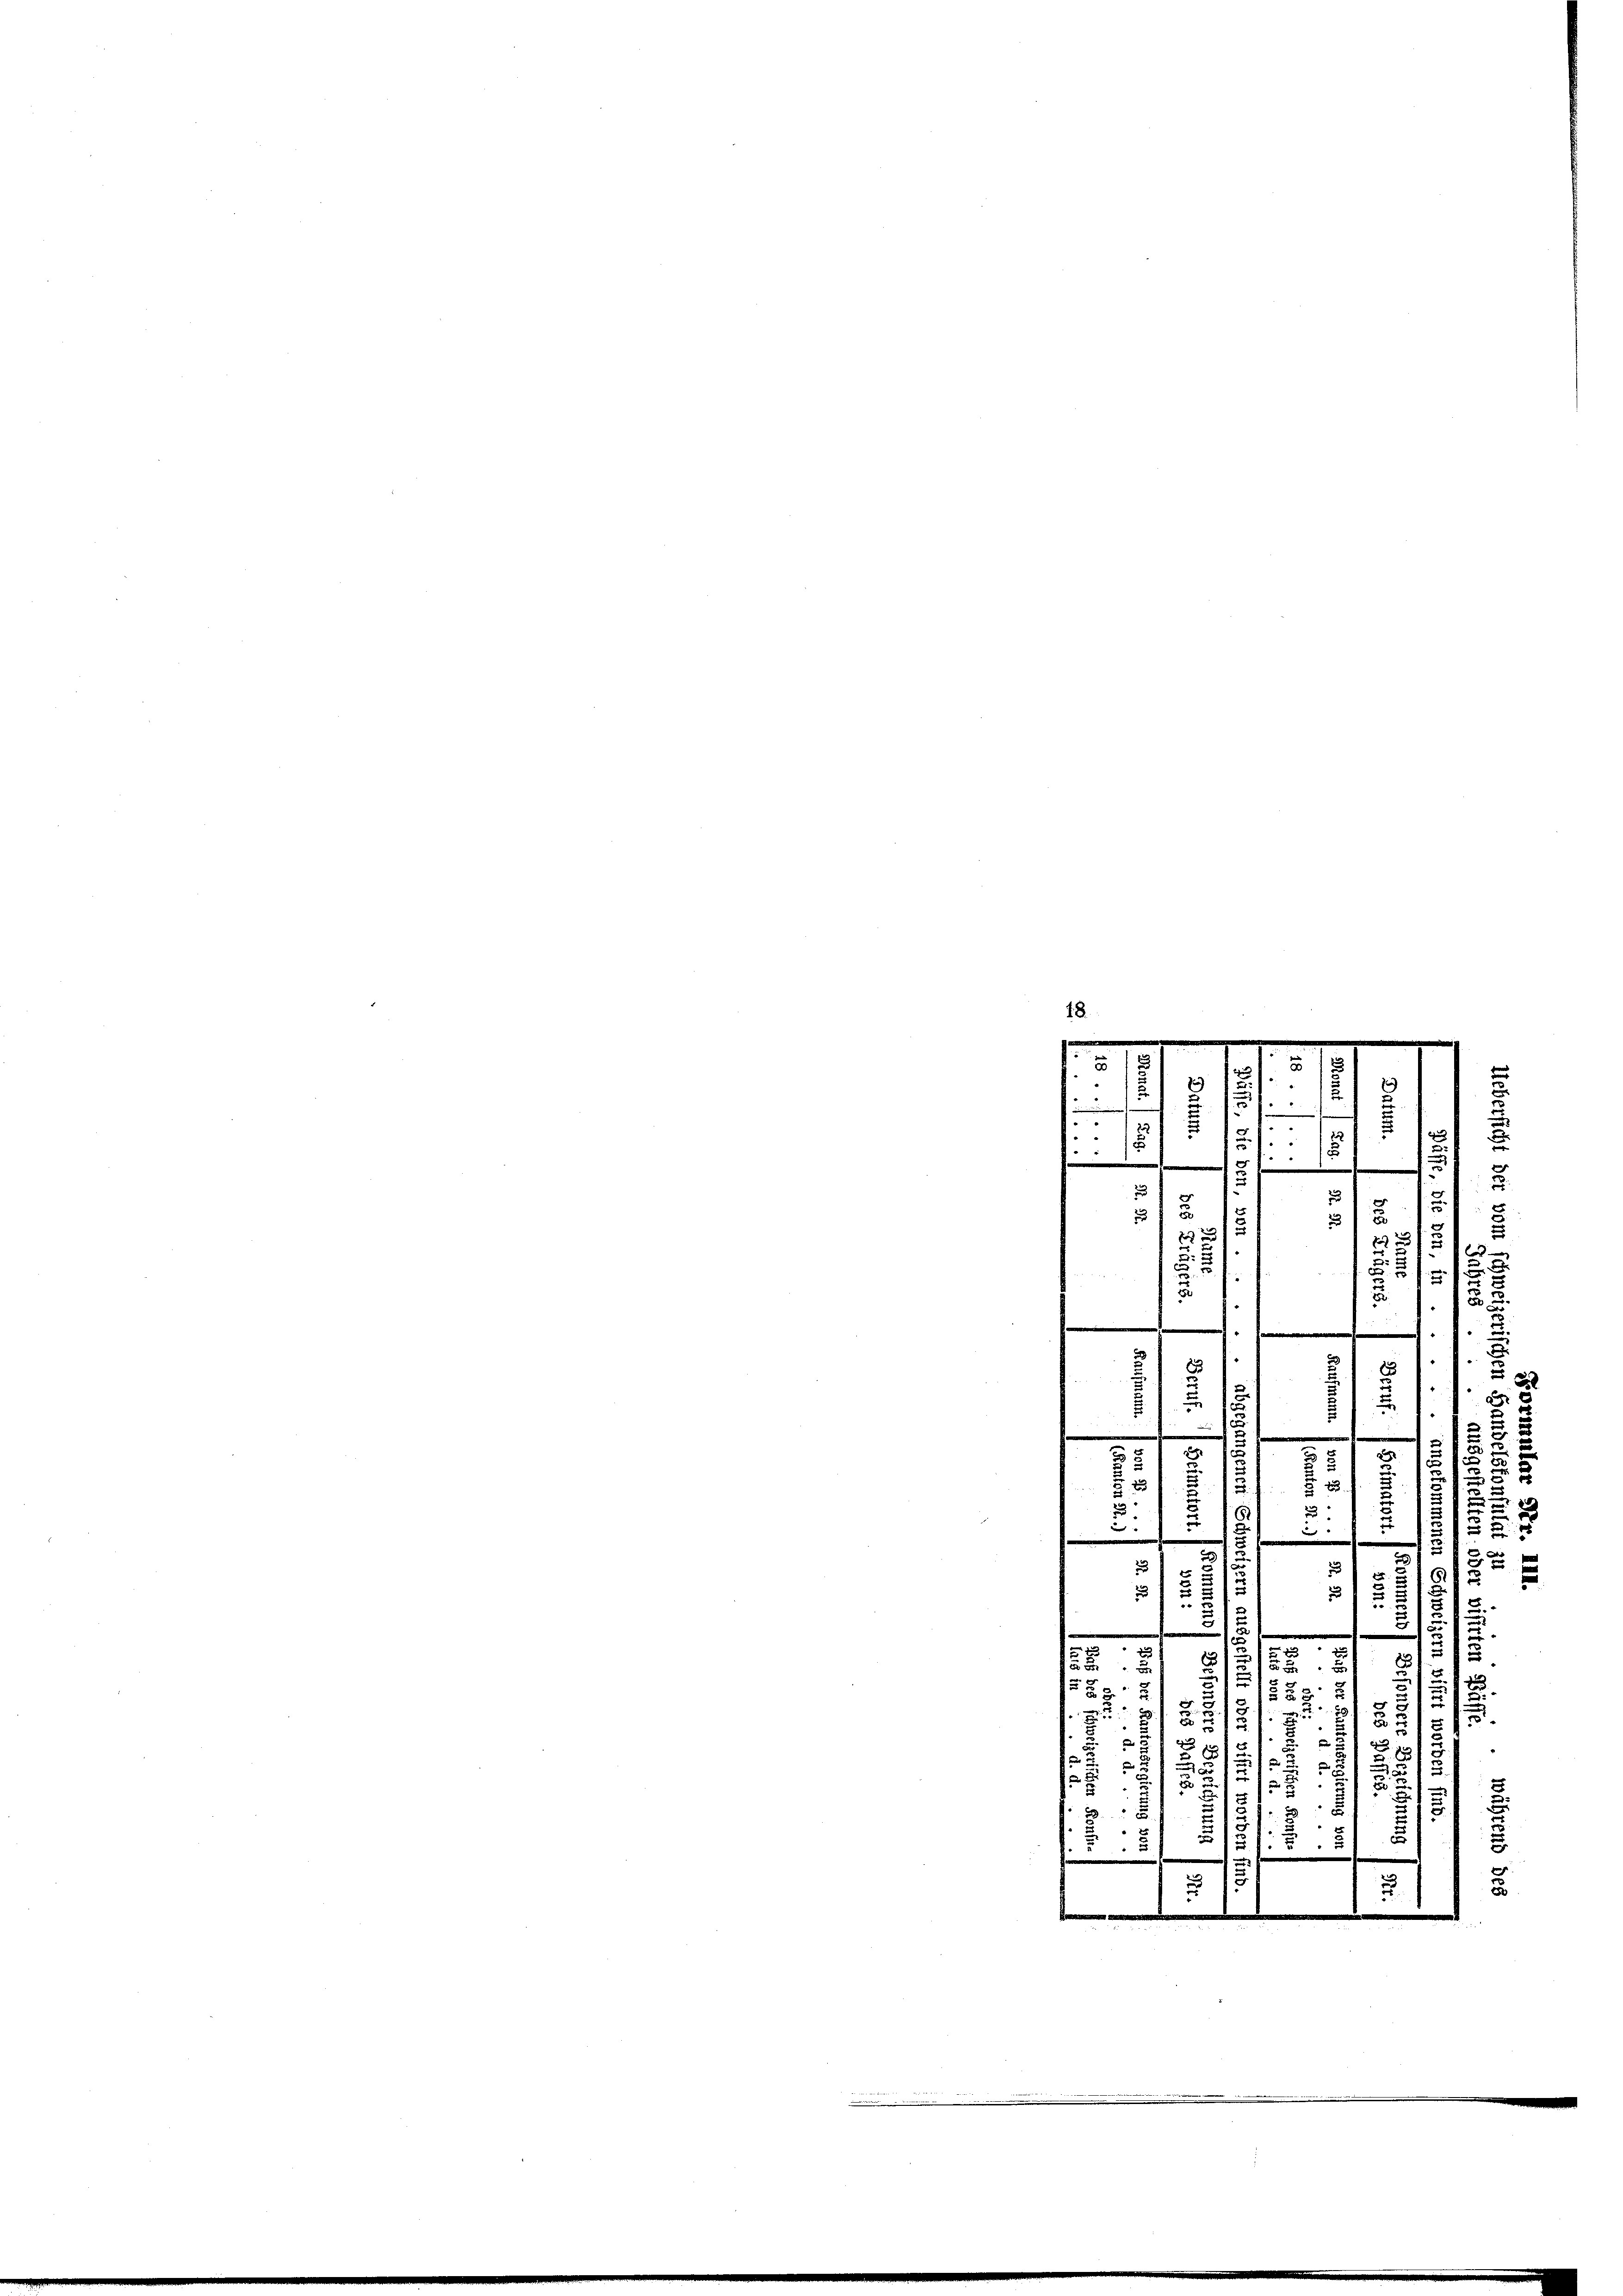
e
¬
48.
.
.

2
8
22

E
2

x
u
2
2
2
u
2
u
.
E
5
u
.
.
e
u
.
s

u
.
5
.

u
gen
u
7

u
2
.

e
5
s

u
f
"
7

.
2
d
551.
 22
.
e
1
.
.9.
.
e
2
u
u
.
u
e
e
.
d
d
e
.
25
3
e
2
 x
13.
2

2
.
u

.
e
.
.
e
A
u
u
u
3
.
e
.
2
122

.
4
d
u
e
.
5.
4
.
u
:
¬
u

r